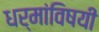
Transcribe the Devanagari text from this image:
धर्मांविषयी